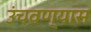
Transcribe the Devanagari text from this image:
उंचवण्यास